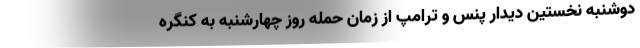
دوشنبه نخستین دیدار پنس و ترامپ از زمان حمله روز چهارشنبه به کنگره